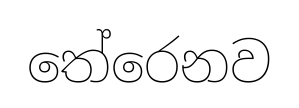
තේරෙනව